Papers set at the Examination for Leaving Certificates, 1889
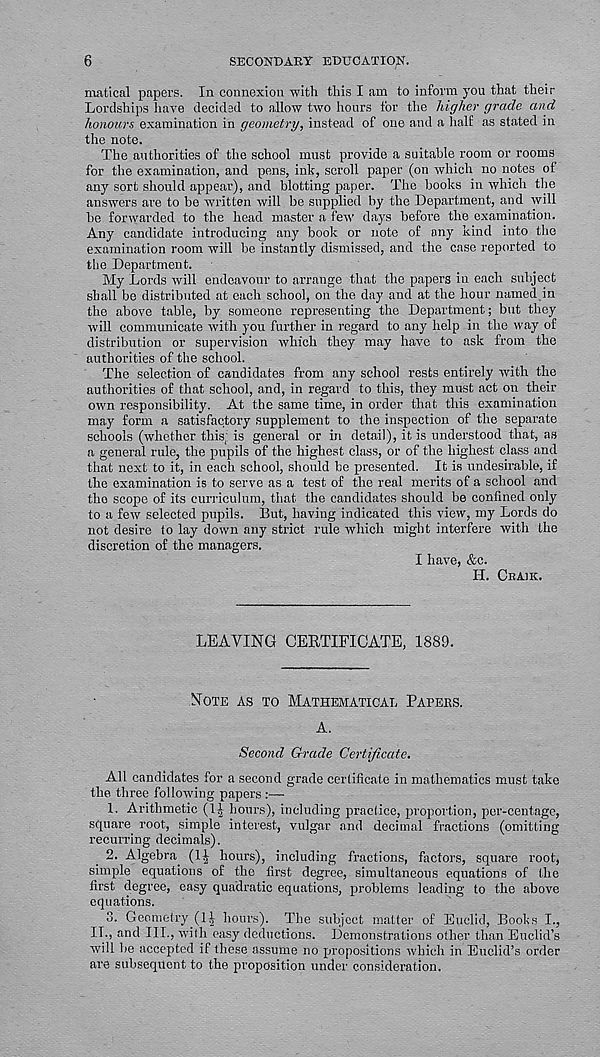
6
SECONDART EDUCATION.
matical papers. In connexion with this I am to inform you that their
Lordships have decided to allow two hours for the higher grade and
honours examination in geometry, instead of one and a half as stated in
the note.
The authorities of the school must provide a suitable room or rooms
for the examination, and pens, ink, scroll paper (on which no notes of
any sort should appear), and blotting paper. The books in which the
answers are to be written will be supplied by the Department, and will
he forwarded to the head master a few' days hefoi'e the examination.
Any candidate introducing any book or note of any kind into the
examination room will he instantly dismissed, and the case reported to
the Department.
My Lords will endeavour to arrange that the papers in each subject
shall be distributed at each school, on the day and at the hour named in
the above table, by someone representing the Department; but they
will communicate with you further in regard to any help in the way of
distribution or supervision which they may have to ask from the
authorities of the school.
The selection of candidates from any school rests entirely with the
authorities of that school, and, in regard to this, they must act on their
owm responsibility. At the same time, in order that this examination
may form a satisfactory supplement to the inspection of the separate
schools (whether this; is general or in detail), it is understood that, as
a general rule, the pupils of the highest class, or of the highest class and
that next to it, in each school, should be presented. It is undesirable, if
the examination is to serve as a test of the real merits of a school and
the scope of its curriculum, that the candidates should be confined only
to a few selected pupils. But, having indicated this view, my Lords do
not desire to lay down any strict rule which might interfere with the
discretion of the managers.
I have, &c.
H. CBAIK.
LEAVING CERTIFICATE, 1889.
NOTE AS TO MATHEMATICAL PAPERS.
A.
Second Grade Certificate.
All candidates for a second grade certificate in mathematics must take
the three following papers :—
1. Arithmetic (1^ hours), including practice, proportion, per-centage,
square root, simple interest, vulgar and decimal fractions (omitting
recurring decimals).
2. Algebra. (1| hours), including fractions, factors, square root,
simple equations of the first degree, simultaneous equations of the
first degree, easy quadratic equations, problems leading to the above
equations.
3. Geometry (1^ hours). The subject matter of Euclid, Books I.,
II., and III., with easy deductions. Demonstrations other than Euclid’s
will be accepted if these assume no propositions which in Euclid’s order
are subsequent to the proposition under consideration.